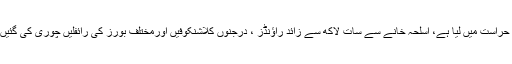
تحقیقات کے دوران پولیس نے مختلف علاقوں سے تیرہ اسلحہ ڈیلرز کو بھی حراست میں لیا ہے، اسلحہ خانے سے سات لاکھ سے زائد راؤنڈز ، درجنوں کلاشنکوفیں اورمختلف بورز کی رائفلیں چوری کی گئیں، علاقے کی ناکہ بندی کرکے اسلحہ کی تلاش میں سرچ آپریشن جاری ہے۔